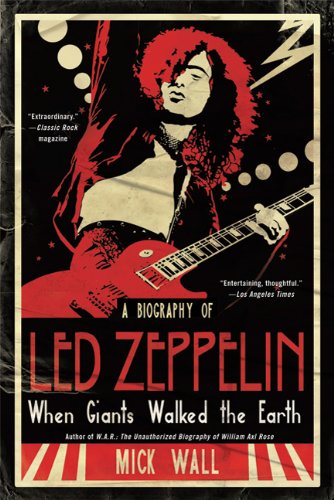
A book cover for When Giants Walked the Earth: A Biography of Led Zeppelin; Mick Wall; Arts & Photography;